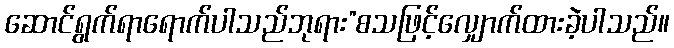
ဆောင်ရွက်ရာရောက်ပါသည်ဘုရား”စသဖြင့်လျှောက်ထားခဲ့ပါသည်။